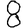
Digit: 8